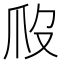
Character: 𤓶